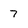
Character: 7